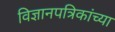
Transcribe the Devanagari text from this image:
विज्ञानपत्रिकांच्या